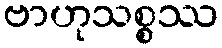
ဗာဟုသစ္စဿ